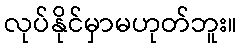
လုပ်နိုင်မှာမဟုတ်ဘူး။